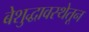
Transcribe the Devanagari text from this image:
बेशुद्धावस्थेतून